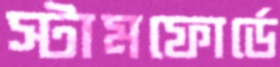
স্টামফোর্ডে